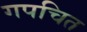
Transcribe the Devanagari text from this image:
गपचित